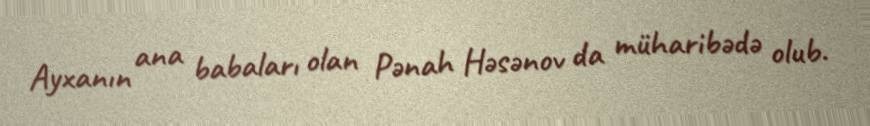
Ayxanın ana babaları olan Pənah Həsənov da müharibədə olub.